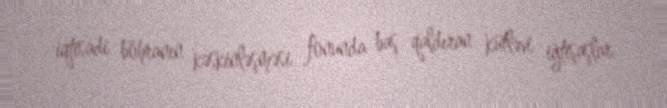
iqtisadi böhranın kəskinləşməsi fonunda baş qaldıran kütləvi iğtişaşlar